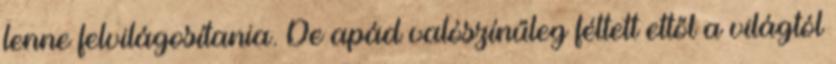
lenne felvilágosítania. De apád valószínűleg féltett ettől a világtól